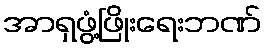
အာရှဖွံ့ဖြိုးရေးဘဏ်